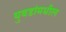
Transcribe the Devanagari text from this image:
घुबडांमधील